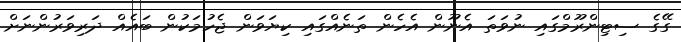
ގޭގެ ސިޓިންރޫމްގައި ނުވަތަ އެނޫން އެހެން ތަނެއްގައި ކިޔަވަން ޖެހުމަކުން ބައެއް ދަރިވަރުންނަށް